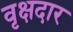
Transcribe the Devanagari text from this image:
वृक्षदार